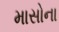
માસોના